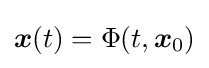
{\boldsymbol {x}}(t)=\Phi (t,{\boldsymbol {x}}_{0})